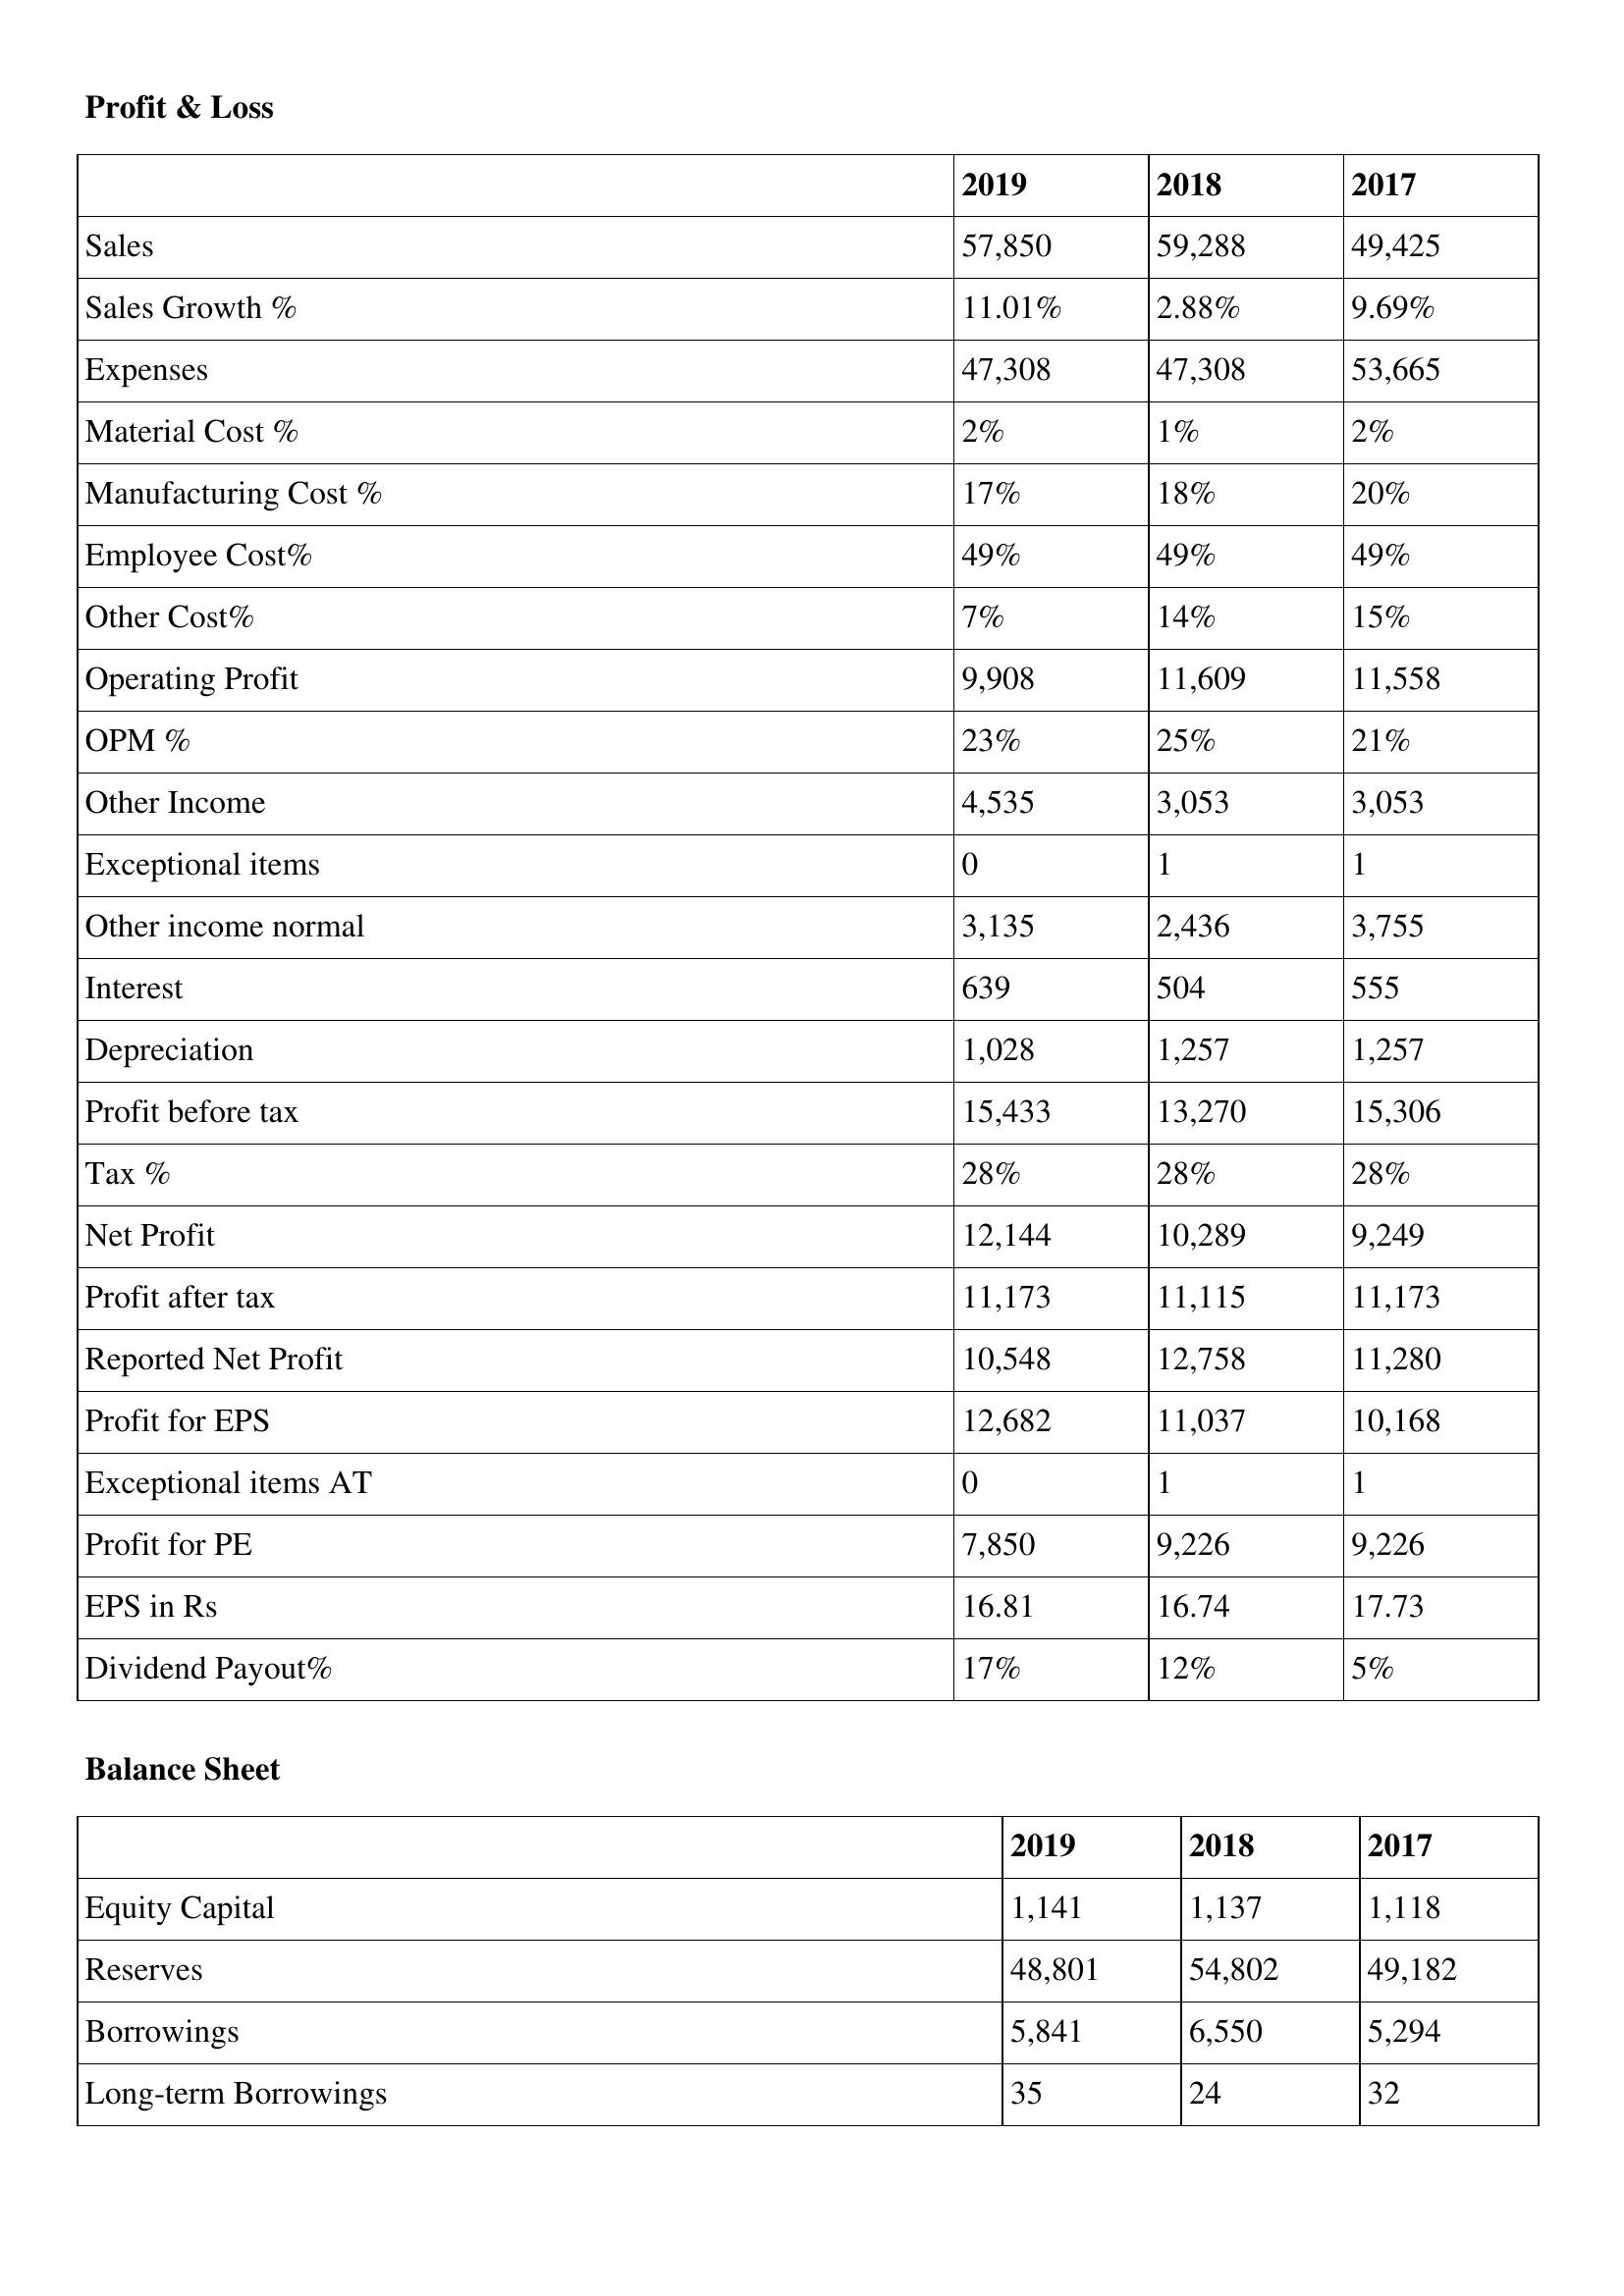
gt_parse: 2019: Profit & Loss: Sales: 57,850
Sales Growth %: 11.01%
Expenses: 47,308
Material Cost %: 2%
Manufacturing Cost %: 17%
Employee Cost%: 49%
Other Cost%: 7%
Operating Profit: 9,908
OPM %: 23%
Other Income: 4,535
Exceptional items: 0
Other income normal: 3,135
Interest: 639
Depreciation: 1,028
Profit before tax: 15,433
Tax %: 28%
Net Profit: 12,144
Profit after tax: 11,173
Reported Net Profit: 10,548
Profit for EPS: 12,682
Exceptional items AT: 0
Profit for PE: 7,850
EPS in Rs: 16.81
Dividend Payout%: 17%
Balance Sheet: Equity Capital: 1,141
Reserves: 48,801
Borrowings: 5,841
Long-term Borrowings: 35
2018: Profit & Loss: Sales: 59,288
Sales Growth %: 2.88%
Expenses: 47,308
Material Cost %: 1%
Manufacturing Cost %: 18%
Employee Cost%: 49%
Other Cost%: 14%
Operating Profit: 11,609
OPM %: 25%
Other Income: 3,053
Exceptional items: 1
Other income normal: 2,436
Interest: 504
Depreciation: 1,257
Profit before tax: 13,270
Tax %: 28%
Net Profit: 10,289
Profit after tax: 11,115
Reported Net Profit: 12,758
Profit for EPS: 11,037
Exceptional items AT: 1
Profit for PE: 9,226
EPS in Rs: 16.74
Dividend Payout%: 12%
Balance Sheet: Equity Capital: 1,137
Reserves: 54,802
Borrowings: 6,550
Long-term Borrowings: 24
2017: Profit & Loss: Sales: 49,425
Sales Growth %: 9.69%
Expenses: 53,665
Material Cost %: 2%
Manufacturing Cost %: 20%
Employee Cost%: 49%
Other Cost%: 15%
Operating Profit: 11,558
OPM %: 21%
Other Income: 3,053
Exceptional items: 1
Other income normal: 3,755
Interest: 555
Depreciation: 1,257
Profit before tax: 15,306
Tax %: 28%
Net Profit: 9,249
Profit after tax: 11,173
Reported Net Profit: 11,280
Profit for EPS: 10,168
Exceptional items AT: 1
Profit for PE: 9,226
EPS in Rs: 17.73
Dividend Payout%: 5%
Balance Sheet: Equity Capital: 1,118
Reserves: 49,182
Borrowings: 5,294
Long-term Borrowings: 32